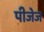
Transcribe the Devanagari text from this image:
पीजेज